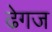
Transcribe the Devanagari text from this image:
ढेगज